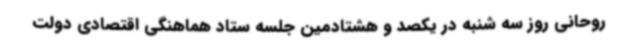
روحانی روز سه شنبه در یکصد و هشتادمین جلسه ستاد هماهنگی اقتصادی دولت